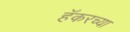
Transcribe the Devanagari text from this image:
हॅकरच्या